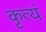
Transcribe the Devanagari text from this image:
कृत्यं